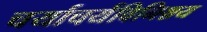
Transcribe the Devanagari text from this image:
चर्याचर्यविनिश्चय